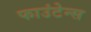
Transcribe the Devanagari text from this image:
फाउंटेन्स